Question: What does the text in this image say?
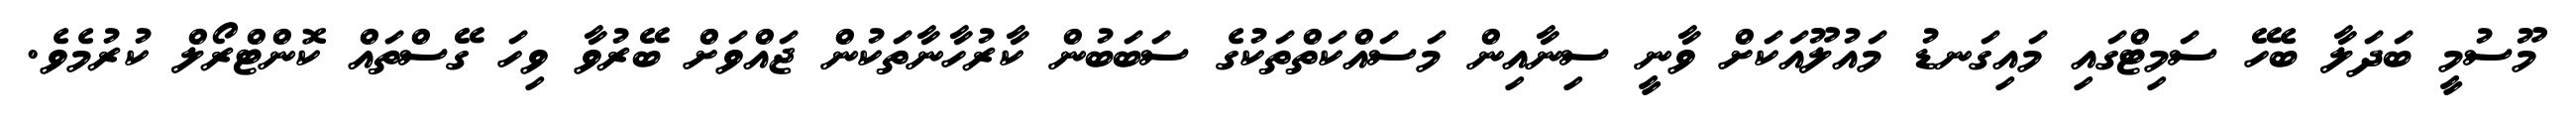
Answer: މޫސުމީ ބަދަލާ ބެހޭ ސަމިޓްގައި މައިގަނޑު މައުލޫއަކަށް ވާނީ ސިނާއިން މަސައްކަތްތަކުގެ ސަބަބުން ކާރުހާނާތަކުން ޖައްވަށް ބޭރުވާ ވިހަ ގޭސްތައް ކޮންޓްރޯލް ކުރުމެވެ.